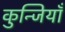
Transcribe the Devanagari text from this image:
कुन्जियाँ